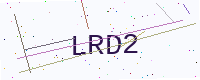
Text: LRD2